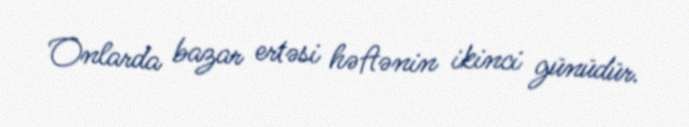
Onlarda bazar ertəsi həftənin ikinci günüdür.